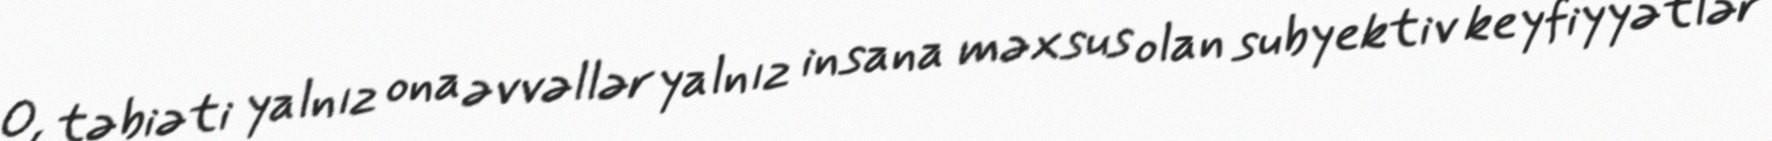
O, təbiəti yalnız ona əvvəllər yalnız insana məxsus olan subyektiv keyfiyyətlər